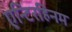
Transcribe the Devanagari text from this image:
एन्टिरहिनम